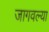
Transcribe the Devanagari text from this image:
जागवल्या